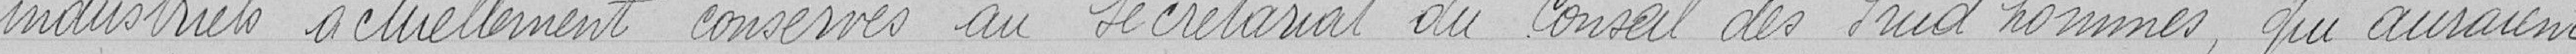
industriels actuellement conservés au Secrétariat du Conseil des Prud'hommes, qui auraient